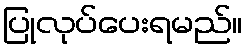
ပြုလုပ်ပေးရမည်။